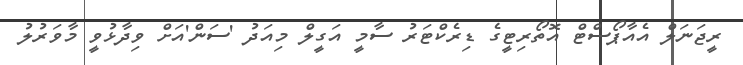
ރީޖަނަލް އެއާޕޯސްޓް އޮތޯރިޓީގެ ޑިރެކްޓަރު ސާމީ އަގީލް މިއަދު 'ސަން'އަށް ވިދާޅުވީ މާވަރުލު